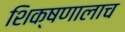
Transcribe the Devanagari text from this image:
शिक्षणालाच